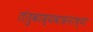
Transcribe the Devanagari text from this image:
तंतुवाद्यवादनाच्या